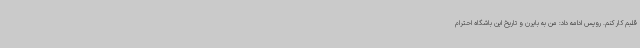
قلبم کار کنم. رویس ادامه داد: من به بایرن و تاریخ این باشگاه احترام